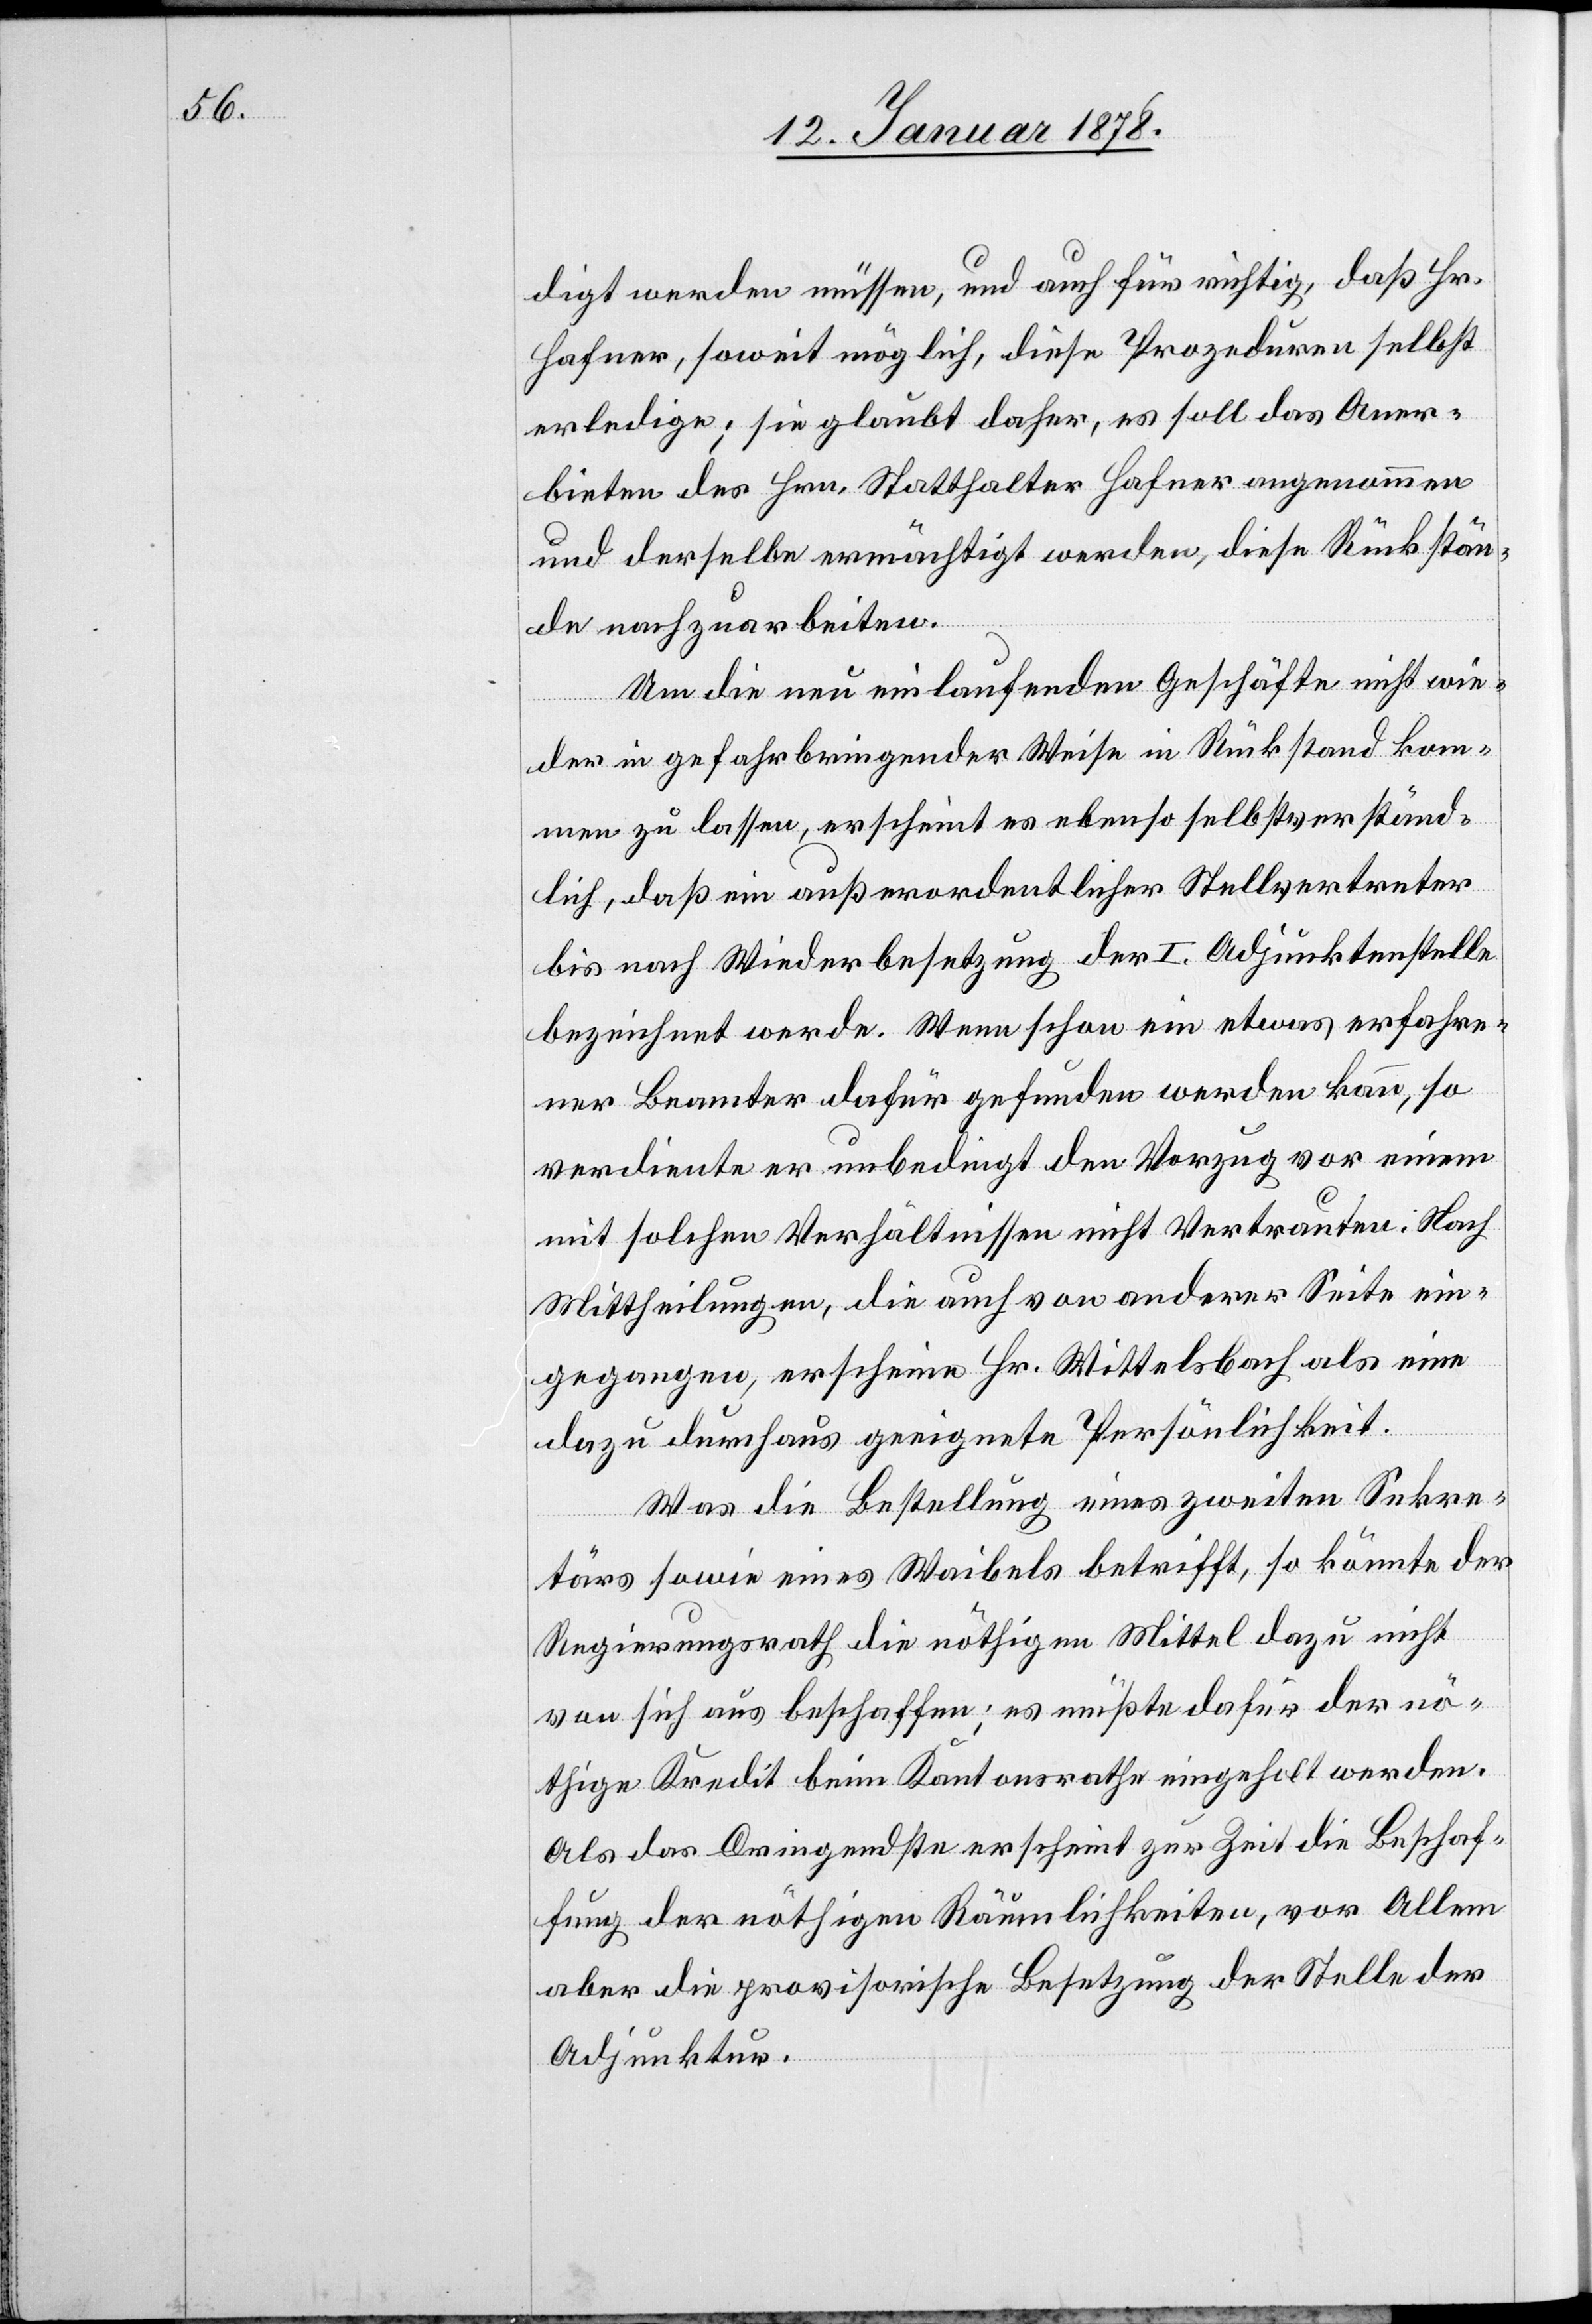
digt werden müssen, und auch für richtig, daß Hr.
Hafner, soweit möglich, diese Prozeduren selbst
erledige; sie glaubt daher, es soll das Aner¬
bieten des Hrn. Statthalter Hafner angenommen
und derselbe ermächtigt werden, diese Rückstän¬
de nachzuarbeiten.
Um die neu laufenden Geschäfte nicht wie¬
der in Gefahr bringender Weise in Rückstand kom¬
men zu lassen, erscheint es ebenso selbstverständ¬
lich, daß ein außerordentlicher Stellvertreter
bis nach Wiederbesetzung der I. Adjunktenstelle
bezeichnet werde. Wenn schon ein etwas erfahre¬
ner Beamter dafür gefunden werden kann, so
verdiente er unbedingt den Vorzug vor einem
mit solchen Verhältnissen nicht Vertrauten. Nach
Mittheilungen, die auch von anderer Seite ein¬
gegangen, erscheine Hr. Wittelsbach als eine
dazu durchaus geeignete Persönlichkeit.
Was die Bestellung eines zweiten Sekre¬
tärs sowie eines Waibels betrifft, so könnte der
Regierungsrath die nöthigen Mittel dazu nicht
von sich aus beschaffen; es müßte dafür der nö¬
thige Kredit beim Kantonsrathe eingeholt werden.
Als das Dringendste erscheint zur Zeit die Beschaf¬
fung der nöthigen Räumlichkeiten, vor Allem
aber die provisorische Besetzung der Stelle der
Adjunktur.